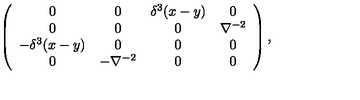
\left( \begin{array} { c c c c } { 0 } & { 0 } & { \delta ^ { 3 } ( x - y ) } & { 0 } \\ { 0 } & { 0 } & { 0 } & { \nabla ^ { - 2 } } \\ { - \delta ^ { 3 } ( x - y ) } & { 0 } & { 0 } & { 0 } \\ { 0 } & { - \nabla ^ { - 2 } } & { 0 } & { 0 } \\ \end{array} \right) ,